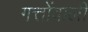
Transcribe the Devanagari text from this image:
गत्तोंवाली